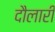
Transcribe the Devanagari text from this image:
दौलारी